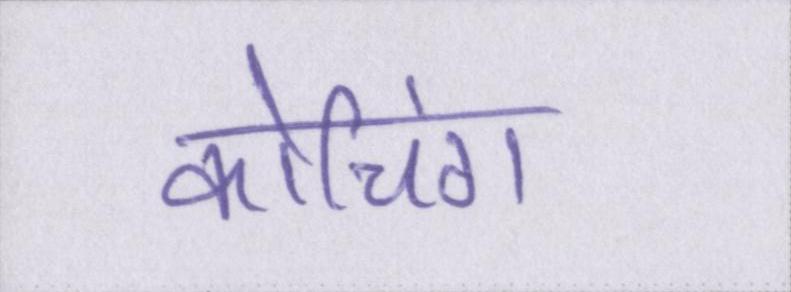
कोचिंग